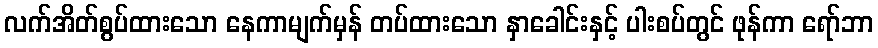
လက်အိတ်စွပ်ထားသော နေကာမျက်မှန် တပ်ထားသော နှာခေါင်းနှင့် ပါးစပ်တွင် ဖုန်ကာ ရော်ဘာ